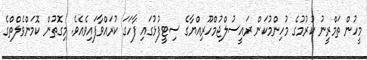
މީހުން ތަމްރީނު ކުރުމުގެ މުހިންމުކަން ރައީސުލްޖުމްހޫރިއްޔާގެ ސިޓީފުޅުގައި ފާހަގަ ކުރައްވާފައިވެއެވެ. މިގޮތުން ކޮމަންވެލްތްގެ